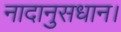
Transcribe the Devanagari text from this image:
नादानुसधान।